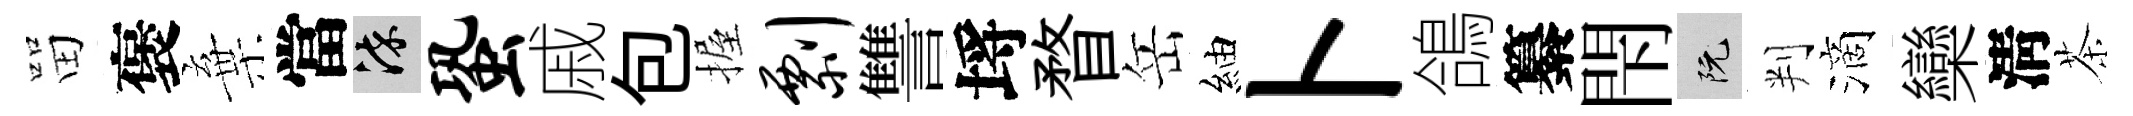
㽞褒棄當染蛩戚包握剽讐埓瞀岳紬卜鴿纂閇阮判滴欒淸茶